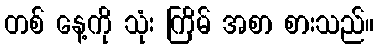
တစ် နေ့ကို သုံး ကြိမ် အစာ စားသည်။